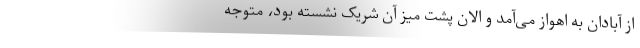
از آبادان به اهواز می‌آمد و الان پشت میز آن شریک نشسته بود، متوجه